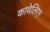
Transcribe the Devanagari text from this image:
कावेलिएर